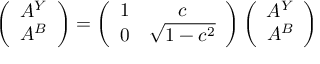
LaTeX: \left( \begin{array} { c } { { A ^ { Y } } } \\ { { A ^ { B } } } \end{array} \right) = \left( \begin{array} { c c } { { 1 } } & { { c } } \\ { { 0 } } & { { \sqrt { 1 - c ^ { 2 } } } } \end{array} \right) \left( \begin{array} { c } { { A ^ { Y } } } \\ { { A ^ { B } } } \end{array} \right)